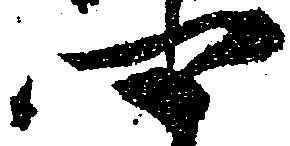
卿